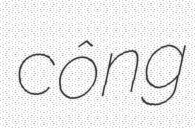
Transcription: công